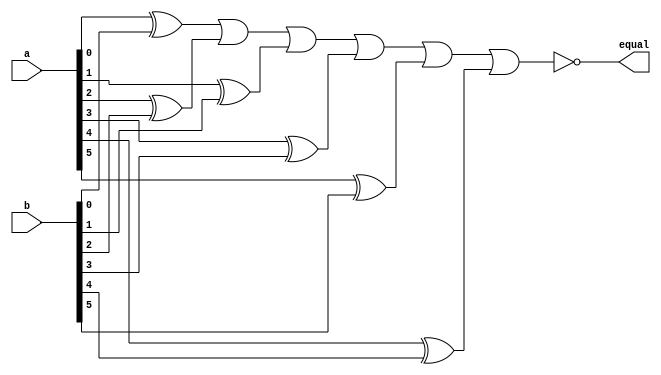
module comp_6b(
	a,
	b,
	equal
);


input wire	[5:0] a;
input wire	[5:0] b;
output wire	equal;

wire	SYNTHESIZED_WIRE_0;
wire	SYNTHESIZED_WIRE_1;
wire	SYNTHESIZED_WIRE_2;
wire	SYNTHESIZED_WIRE_3;
wire	SYNTHESIZED_WIRE_4;
wire	SYNTHESIZED_WIRE_5;




assign	SYNTHESIZED_WIRE_0 = a[0] ^ b[0];

assign	SYNTHESIZED_WIRE_2 = a[1] ^ b[1];

assign	SYNTHESIZED_WIRE_1 = a[2] ^ b[2];

assign	SYNTHESIZED_WIRE_3 = a[3] ^ b[3];

assign	SYNTHESIZED_WIRE_5 = a[4] ^ b[4];

assign	SYNTHESIZED_WIRE_4 = a[5] ^ b[5];

assign	equal = ~(SYNTHESIZED_WIRE_0 | SYNTHESIZED_WIRE_1 | SYNTHESIZED_WIRE_2 | SYNTHESIZED_WIRE_3 | SYNTHESIZED_WIRE_4 | SYNTHESIZED_WIRE_5);


endmodule